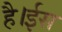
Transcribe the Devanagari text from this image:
है।ईस